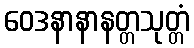
ဝေဒနာနာနတ္တသုတ္တံ